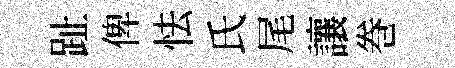
趾俾怯氏尾讓巻